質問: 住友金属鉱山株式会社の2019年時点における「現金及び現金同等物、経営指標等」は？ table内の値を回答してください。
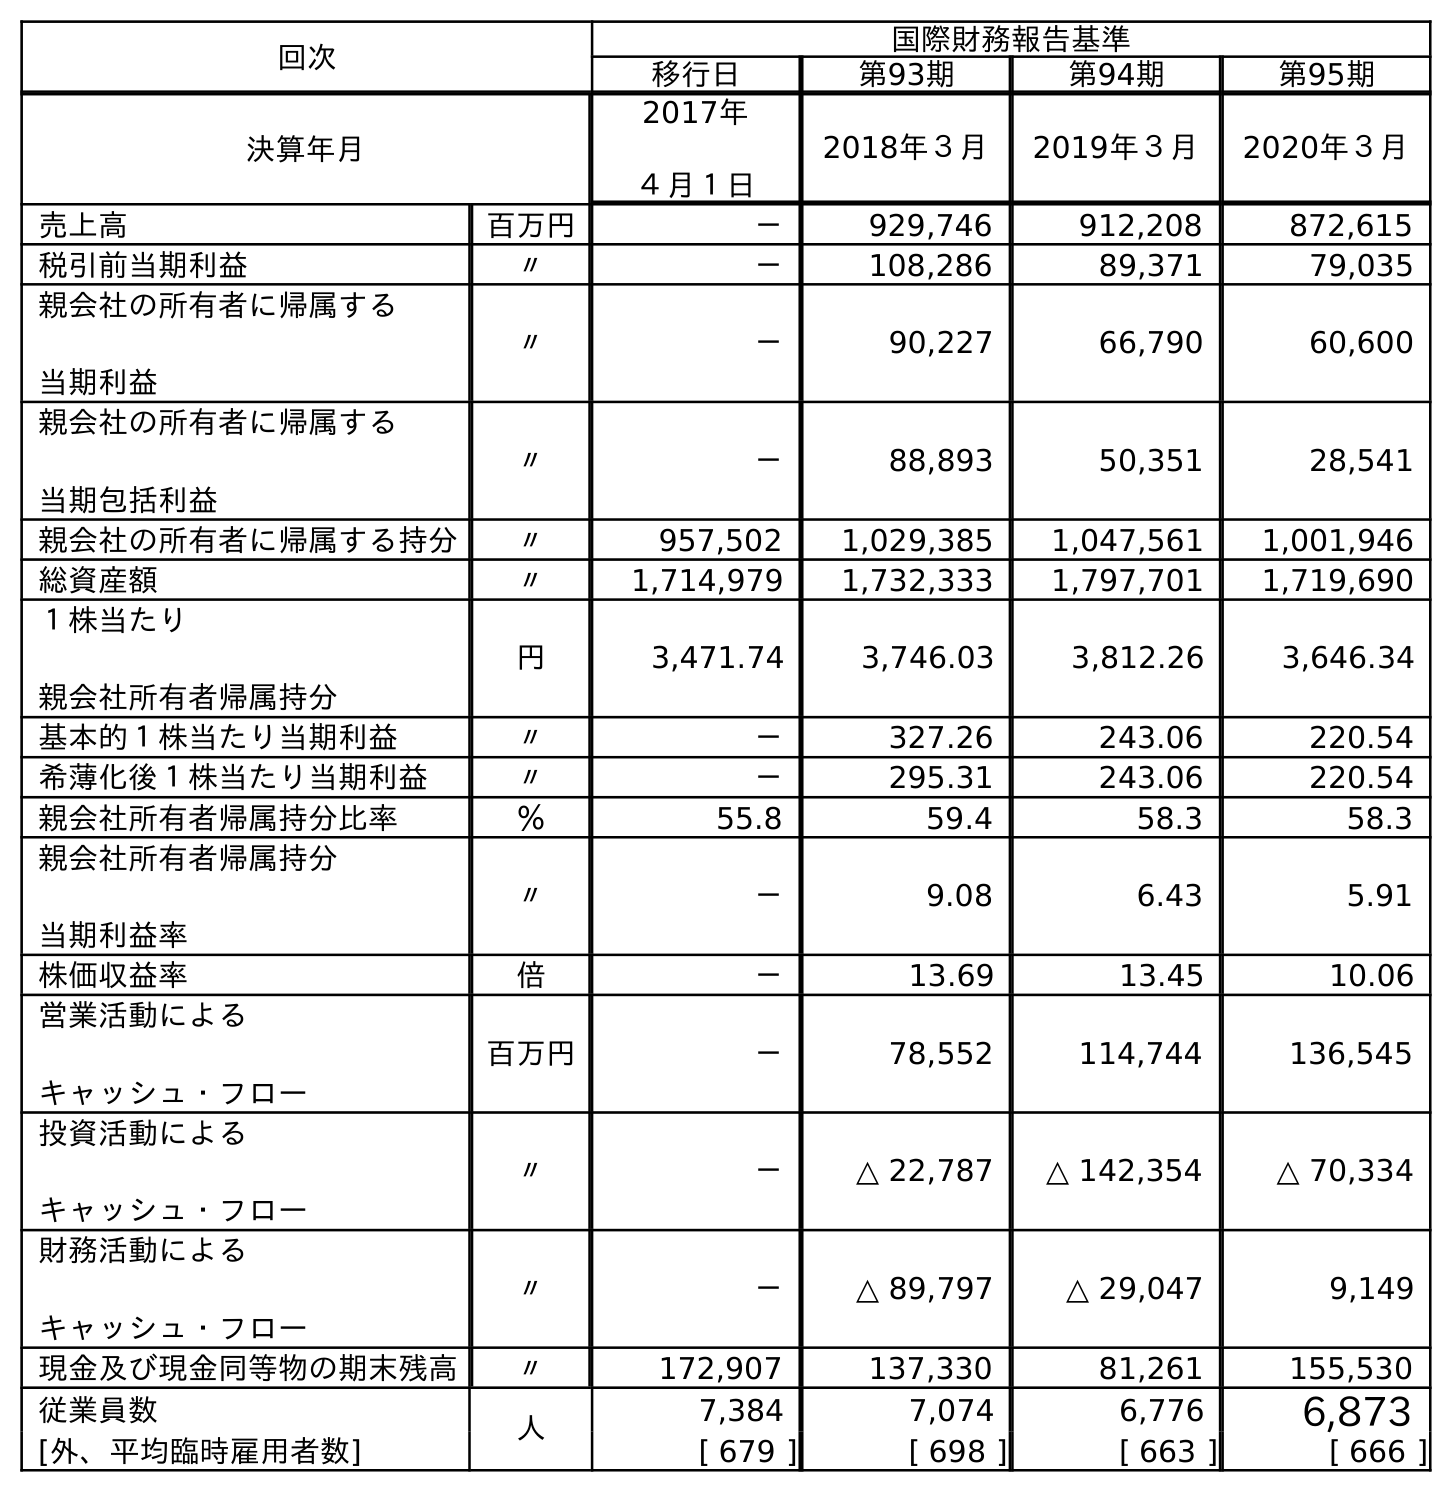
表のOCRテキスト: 回次 国際財務報告基準 移行日 第93期 第94期 第95期 決算年月 2017年 ４月１日 2018年３月 2019年３月 2020年３月 売上高 百万円 － 929,746 912,208 872,615 税引前当期利益 〃 － 108,286 89,371 79,035 親会社の所有者に帰属する 当期利益 〃 － 90,227 66,790 60,600 親会社の所有者に帰属する 当期包括利益 〃 － 88,893 50,351 28,541 親会社の所有者に帰属する持分 〃 957,502 1,029,385 1,047,561 1,001,946 総資産額 〃 1,714,979 1,732,333 1,797,701 1,719,690 １株当たり 親会社所有者帰属持分 円 3,471.74 3,746.03 3,812.26 3,646.34 基本的１株当たり当期利益 〃 － 327.26 243.06 220.54 希薄化後１株当たり当期利益 〃 － 295.31 243.06 220.54 親会社所有者帰属持分比率 ％ 55.8 59.4 58.3 58.3 親会社所有者帰属持分 当期利益率 〃 － 9.08 6.43 5.91 株価収益率 倍 － 13.69 13.45 10.06 営業活動による キャッシュ・フロー 百万円 － 78,552 114,744 136,545 投資活動による キャッシュ・フロー 〃 － △ 22,787 △ 142,354 △ 70,334 財務活動による キャッシュ・フロー 〃 － △ 89,797 △ 29,047 9,149 現金及び現金同等物の期末残高 〃 172,907 137,330 81,261 155,530 従業員数 人 7,384 7,074 6,776 6,873 [外、平均臨時雇用者数] [ 679 ] [ 698 ] [ 663 ] [ 666 ]
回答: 81,261